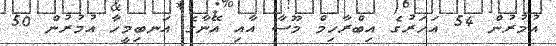
އުމުރުން 54 އަހަރުގެ އިބްރާހިމް މޫސާ އާއި އޭނާގެ އަނބިމީހާ އުމުރުން 50